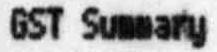
GST SUMMARY